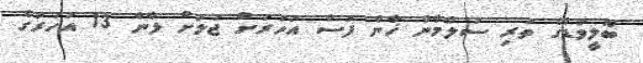
ބޮލީވުޑްގެ ތަރި ސަލްމާން ޚާން ފަސް އަހަރަށް ޖަލަށް ލާން 13 އަހަރުގެ